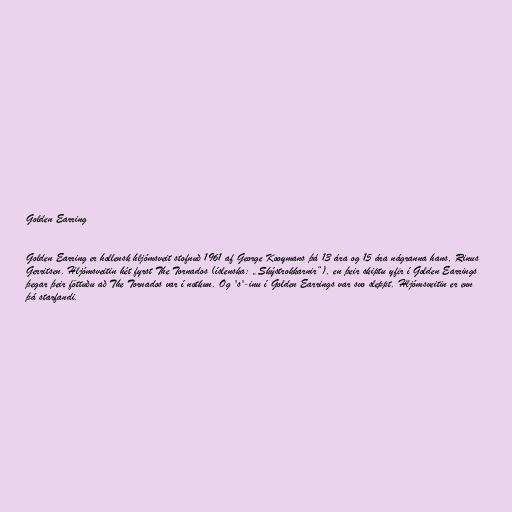
Golden Earring

Golden Earring er hollensk hljómsveit stofnuð 1961 af George Kooymans þá 13 ára og 15 ára nágranna hans, Rinus
Gerritsen. Hljómsveitin hét fyrst The Tornados (íslenska: „Skýstrokkarnir“), en þeir skiptu yfir í Golden Earrings
þegar þeir föttuðu að The Tornados var í notkun. Og 's'-inu í Golden Earrings var svo sleppt. Hljómsveitin er enn
þá starfandi.